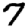
Digit: 7